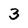
Character: 3